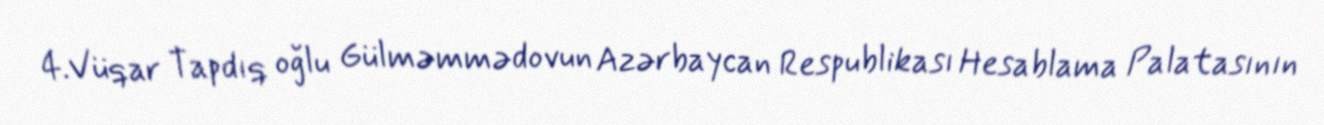
4.Vüqar Tapdıq oğlu Gülməmmədovun Azərbaycan Respublikası Hesablama Palatasının